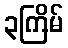
၃ကြိမ်